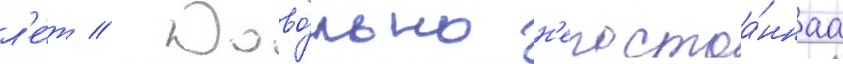
л'е́т // Дово́льно н'епостоа́ннаа